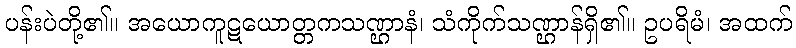
ပန်းပဲတို့၏။ အယောကူဋယောတ္တကသဏ္ဌာနံ၊ သံကိုက်သဏ္ဌာန်ရှိ၏။ ဥပရိမံ၊ အထက်